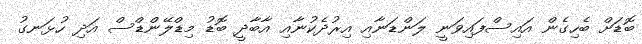
ބޮޑަށް ބެހިގެން އައިސްފައިވަނީ ލަންޑަނާއި އިރުދެކުނާއި އާބާދީ ބޮޑު މިޑްލޭންޑްސް އަދި ހުޅަނގު